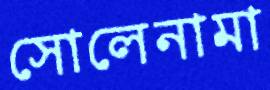
সোলেনামা